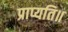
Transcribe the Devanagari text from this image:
प्राप्यति॥